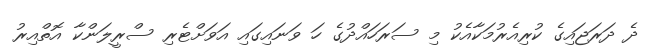
ދެ ދަރަޖައިގެ ކުރިއެރުމަކާއެކު މި ސަރަހައްދުގެ ހަ ވަނައިގައި އަވަށްޓެރި ސްރީލަންކާ އޮތްއިރު